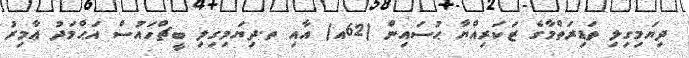
ދިޔަމިގިލި ތަޑިރަތްމާގެ ޒަކަރިއްޔާ ޙުސައިން (62އ) އާއި ތ.ދިޔަމިގިލި ބީޗްހައުސް އަޙްމަދު ޢާމިރު